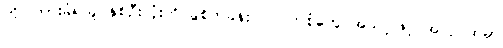
တိုင်ကြားခံရသူ နှစ်ဦးလုံးကို ခွဲစိတ်ခန်းဝင် ဝတ်စုံတွေ အသင့်ဖြင့် အလုပ်ထဲမှာ